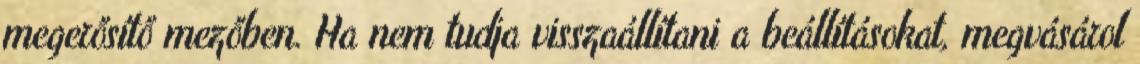
megerősítő mezőben. Ha nem tudja visszaállítani a beállításokat, megvásárol